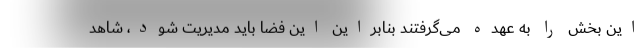
این بخش را به عهده می‌گرفتند بنابراین این فضا باید مدیریت شود، شاهد